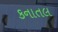
કનાતલ